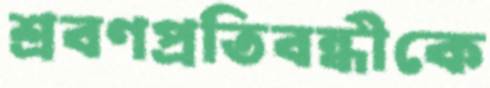
শ্রবণপ্রতিবন্ধীকে